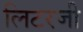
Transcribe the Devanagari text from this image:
लिटरजी